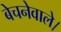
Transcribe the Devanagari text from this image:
बेचनेवाले।